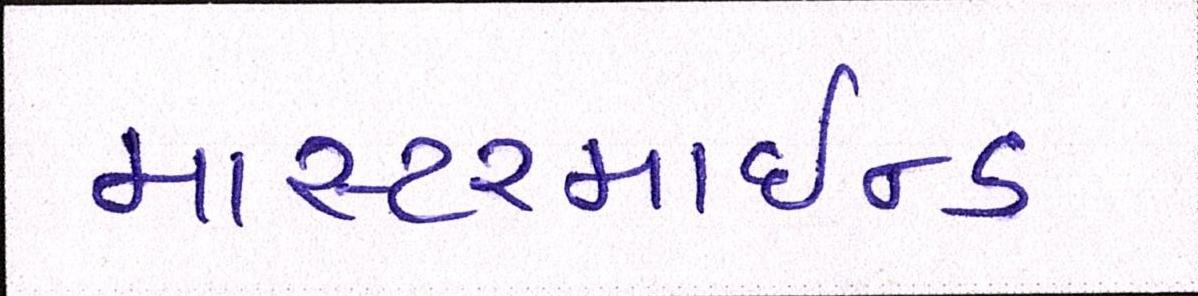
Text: માસ્ટરમાઈન્ડ